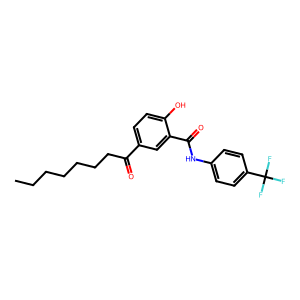
SMILES: CCCCCCCC(=O)c1ccc(O)c(C(=O)Nc2ccc(C(F)(F)F)cc2)c1
Inhibits HIV replication: No